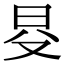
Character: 𣅝